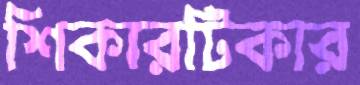
শিকারটিকার